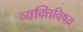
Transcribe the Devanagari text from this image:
व्यक्तिविषय